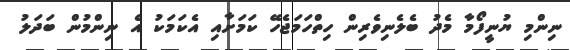
ނިންމި ޔުނީފޯމާ މެދު ބެލެނިވެރިން ހިތްހަމަޖެހޭ ކަމަށާއި އެކަމަކު އެ ނިންމުން ބަދަލު